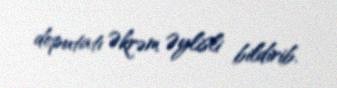
deputatı Əkrəm Əylisli bildirib.